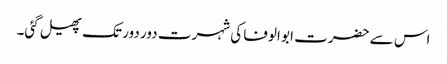
اس سے حضرت ابو الوفا کی شہرت دور دور تک پھیل گئی۔